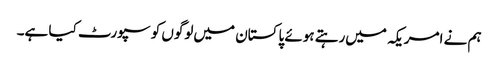
ہم نے امریکہ میں‌رہتے ہوئے پاکستان میں‌لوگوں کو سپورٹ کیا ہے۔